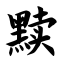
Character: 黩